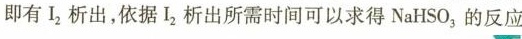
即有I_{2}析出,依据I_{2}析出所需时间可以求得 NaHSO_{3}的反应